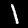
Label: 1